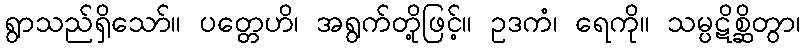
ရွာသည်ရှိသော်။ ပတ္တေဟိ၊ အရွက်တို့ဖြင့်။ ဥဒကံ၊ ရေကို။ သမ္ပဋိစ္ဆိတွာ၊